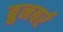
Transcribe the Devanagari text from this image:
ब्रुनबर्र